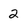
Character: 2